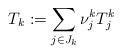
LaTeX: \begin{align*}T_{k}:=\sum_{j\in J_{k}}\nu _{j}^{k}T_{j}^{k} \end{align*}